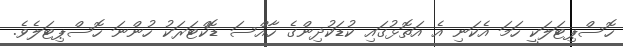
ހޮސްޕިޓަލަކީ ހަމަ އެކަނި އެ އަތޮޅުގައި ކުޑަކުދިންގެ ހާއްސަ ޑޮކްޓަރަކު ހުންނަ ހޮސްޕިޓަލެވެ.